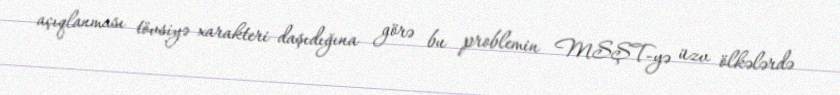
açıqlanması tövsiyə xarakteri daşıdığına görə bu problemin MSŞT-yə üzv ölkələrdə